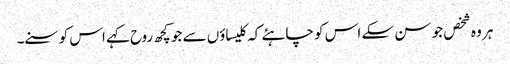
ہر وہ شخص جو سن سکے اس کو چاہئے کہ کلیساؤں سے جو کچھ روح کہے اس کو سنے۔